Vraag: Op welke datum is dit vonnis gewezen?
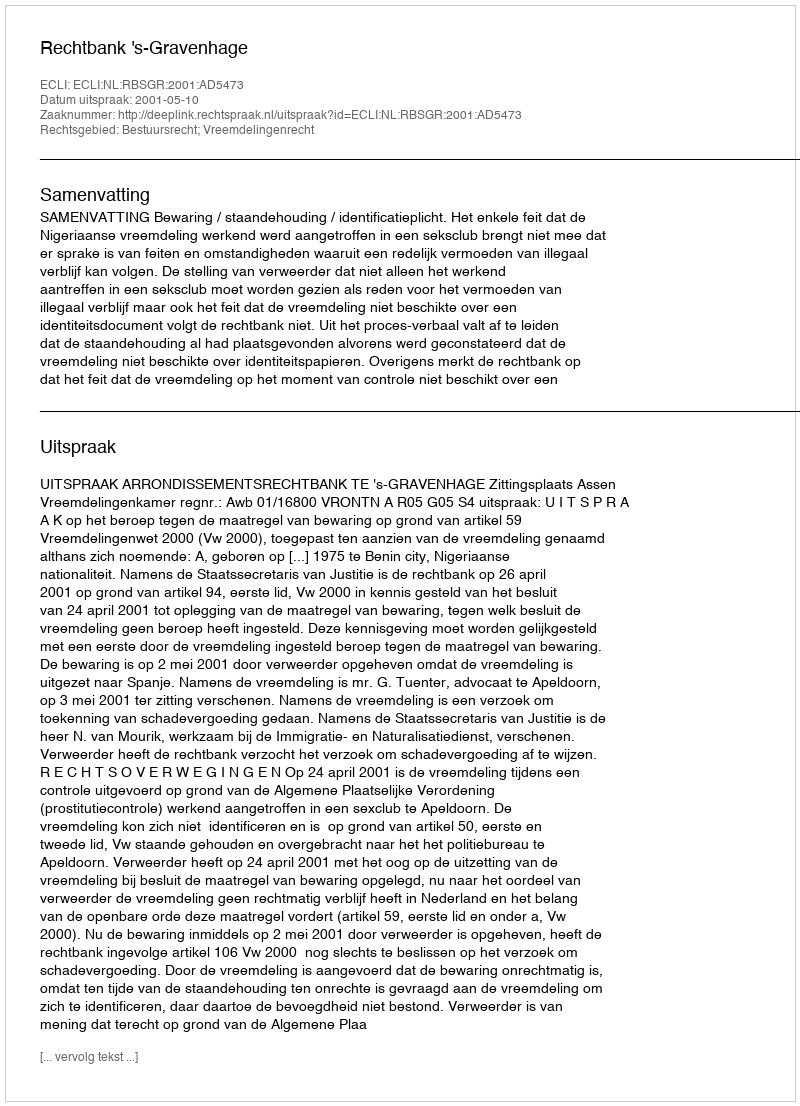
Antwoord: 2001-05-10